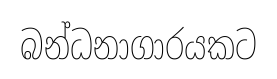
බන්ධනාගාරයකට